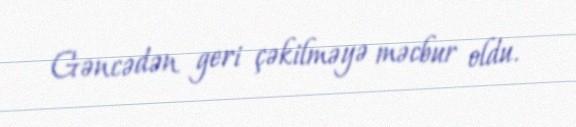
Gəncədən geri çəkilməyə məcbur oldu.